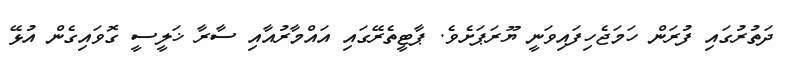
ދަތުރުގައި ފުރަން ހަމަޖެހިފައިވަނީ ޔޫރަޕަށެވެ. ޕާޓީތެރޭގައި އައްމާރުއާއި ސާރާ ޚަލީސީ ގޮވައިގެން އުޅޭ